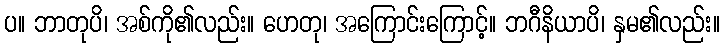
ပ။ ဘာတုပိ၊ အစ်ကို၏လည်း။ ဟေတု၊ အကြောင်းကြောင့်။ ဘဂီနိယာပိ၊ နှမ၏လည်း။